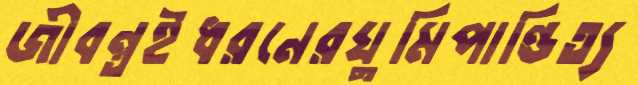
জীবন্তইধরনেরঘুমিপাণ্ডিত্য